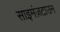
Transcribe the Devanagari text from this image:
साइमंज़टाउन